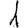
Digit: 1